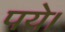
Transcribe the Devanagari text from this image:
पये।